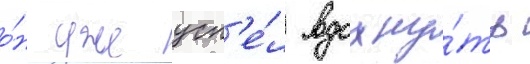
о́н уже усп'е́л вдохну́ть